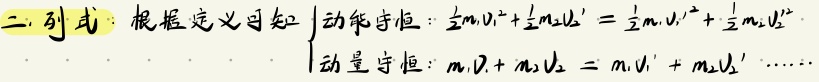
二. 引式：根据定义可知
\[\begin{cases}
\text{动能守恒：}\frac{1}{2}m_{1}v_{1}^{2}+\frac{1}{2}m_{2}v_{2}'^{2}=\frac{1}{2}m_{1}v_{1}'^{2}+\frac{1}{2}m_{2}v_{2}''^{2}\\
\text{动量守恒：}m_{1}v_{1}+m_{2}v_{2}=m_{1}v_{1}'+m_{2}v_{2}'\cdots\cdots
\end{cases}\]